Civil Veterinary Department. Madras. Admin. report 1910-25 - 1910-1925
Year: 1910
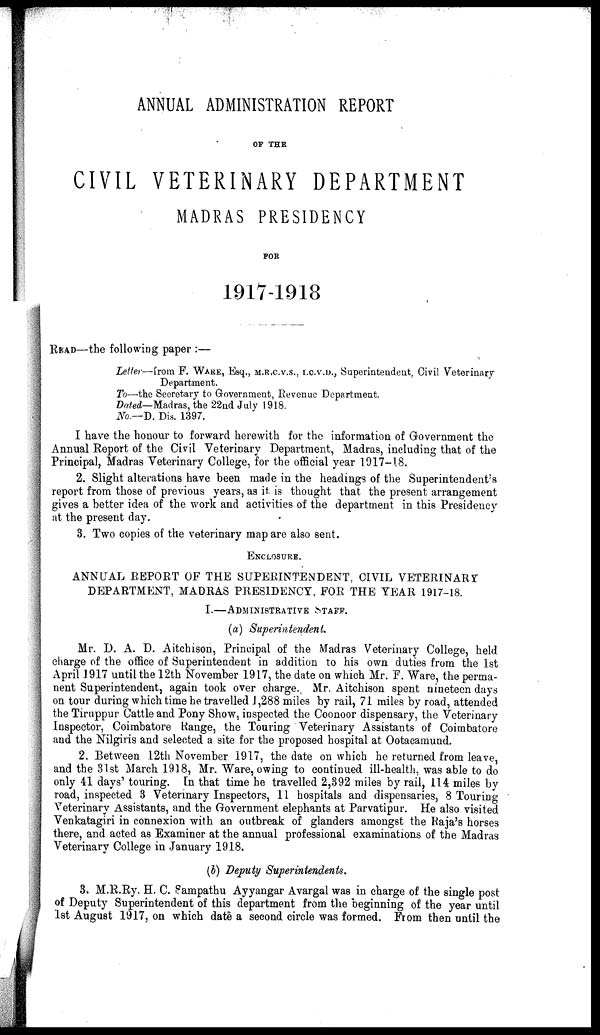
ANNUAL ADMINISTRATION REPORT
OF THE
CIVIL VETERINARY DEPARTMENT
MADRAS PRESIDENCY
FOR
1917-1918
READ—the following paper :—
Letter—from F. WARE, Esq., M.R.C.V.S., I.C.V.D., Superintendent, Civil Veterinary
Department.
To—the Secretary to Government, Revenue Department.
Dated—Madras, the 22nd July 1918.
No.—D. Dis. 1397.
I have the honour to forward herewith for the information of Government the
Annual Report of the Civil Veterinary Department, Madras, including that of the
Principal, Madras Veterinary College, for the official year 1917-18.
2. Slight alterations have been made in the headings of the Superintendent's
report from those of previous years, as it is thought that the present arrangement
gives a better idea of the work and activities of the department in this Presidency
at the present day.
3. Two copies of the veterinary map are also sent.
ENCLOSURE.
ANNUAL REPORT OF THE SUPERINTENDENT, CIVIL VETERINARY
DEPARTMENT, MADRAS PRESIDENCY, FOR THE TEAR 1917-18.
I.—ADMINISTRATIVE STAFF.
(a) Superintendent.
Mr. D. A. D. Aitchison, Principal of the Madras Veterinary College, held
charge of the office of Superintendent in addition to his own duties from the 1st
April 1917 until the 12th November 1917, the date on which Mr. F. Ware, the perma-
nent Superintendent, again took over charge. Mr. Aitchison spent nineteen days
on tour during which time he travelled 1 ,288 miles by rail, 71 miles by road, attended
the Tiruppur Cattle and Pony Show, inspected the Coonoor dispensary, the Veterinary
Inspector, Coimbatore Range, the Touring Veterinary Assistants of Coimbatore
and the Nilgiris and selected a site for the proposed hospital at Ootacamund.
2. Between 12th November 1917, the date on which he returned from leave,
and the 31st March 1918, Mr. Ware, owing to continued ill-health, was able to do
only 41 days' touring. In that time he travelled 2,392 miles by rail, 114 miles by
road, inspected 3 Veterinary Inspectors, 11 hospitals and dispensaries, 8 Touring
Veterinary Assistants, and the Government elephants at Parvatipur. He also visited
Venkatagiri in connexion with an outbreak of glanders amongst the Raja's horses
there, and acted as Examiner at the annual professional examinations of the Madras
Veterinary College in January 1918.
(b) Deputy Superintendents.
3. M.R.Ry. H. C. Sampathu Ayyangar Avargal was in charge of the single post
of Deputy Superintendent of this department from the beginning of the year until
1st August 1917, on which date a second circle was formed. From then until the